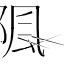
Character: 𨺢